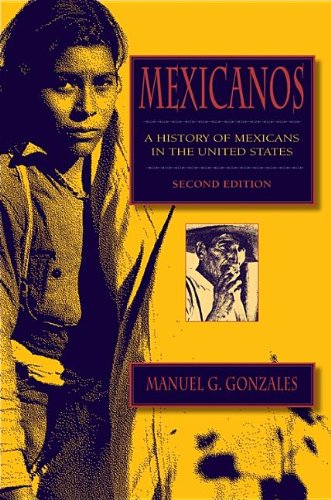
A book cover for Mexicanos, Second Edition: A History of Mexicans in the United States; Manuel G. Gonzales; History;